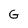
Character: G